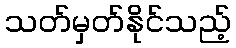
သတ်မှတ်နိုင်သည့်